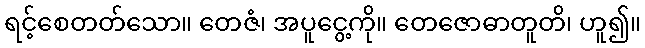
ရင့်စေတတ်သော။ တေဇံ၊ အပူငွေ့ကို။ တေဇောဓာတူတိ၊ ဟူ၍။